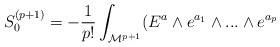
\begin{align*} S_0^{(p+1)} = - {1 \over {p!}} \int_{{\cal{M}}^{p+1}} ( E^{a} \wedge e^{a_1} \wedge ... \wedge e^{a_p}\end{align*}